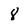
Character: 8